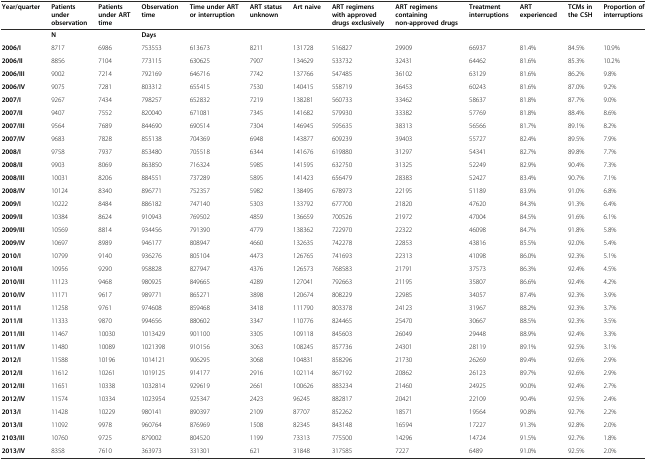
<table><thead><tr><td><b>Year/quarter</b></td><td><b>Patients under observation</b></td><td><b>Patients under ART time</b></td><td><b>Observation time</b></td><td><b>Time under ART or interruption</b></td><td><b>ART status unknown</b></td><td><b>Art naive</b></td><td><b>ART regimens with approved drugs exclusively</b></td><td><b>ART regimens containing non-approved drugs</b></td><td><b>Treatment interruptions</b></td><td><b>ART experienced</b></td><td><b>TCMs in the CSH</b></td><td><b>Proportion of interruptions</b></td></tr></thead><tbody><tr><td></td><td colspan="2"><b>N</b></td><td colspan="7"><b>Days</b></td><td></td><td></td><td></td></tr><tr><td><b>2006/I</b></td><td>8717</td><td>6986</td><td>753553</td><td>613673</td><td>8211</td><td>131728</td><td>516827</td><td>29909</td><td>66937</td><td>81.4%</td><td>84.5%</td><td>10.9%</td></tr><tr><td><b>2006/II</b></td><td>8856</td><td>7104</td><td>773115</td><td>630625</td><td>7907</td><td>134629</td><td>533732</td><td>32431</td><td>64462</td><td>81.6%</td><td>85.3%</td><td>10.2%</td></tr><tr><td><b>2006/III</b></td><td>9002</td><td>7214</td><td>792169</td><td>646716</td><td>7742</td><td>137766</td><td>547485</td><td>36102</td><td>63129</td><td>81.6%</td><td>86.2%</td><td>9.8%</td></tr><tr><td><b>2006/IV</b></td><td>9075</td><td>7281</td><td>803312</td><td>655415</td><td>7530</td><td>140415</td><td>558719</td><td>36453</td><td>60243</td><td>81.6%</td><td>87.0%</td><td>9.2%</td></tr><tr><td><b>2007/I</b></td><td>9267</td><td>7434</td><td>798257</td><td>652832</td><td>7219</td><td>138281</td><td>560733</td><td>33462</td><td>58637</td><td>81.8%</td><td>87.7%</td><td>9.0%</td></tr><tr><td><b>2007/II</b></td><td>9407</td><td>7552</td><td>820040</td><td>671081</td><td>7345</td><td>141682</td><td>579930</td><td>33382</td><td>57769</td><td>81.8%</td><td>88.4%</td><td>8.6%</td></tr><tr><td><b>2007/III</b></td><td>9564</td><td>7689</td><td>844690</td><td>690514</td><td>7304</td><td>146945</td><td>595635</td><td>38313</td><td>56566</td><td>81.7%</td><td>89.1%</td><td>8.2%</td></tr><tr><td><b>2007/IV</b></td><td>9683</td><td>7828</td><td>855138</td><td>704369</td><td>6948</td><td>143877</td><td>609239</td><td>39403</td><td>55727</td><td>82.4%</td><td>89.5%</td><td>7.9%</td></tr><tr><td><b>2008/I</b></td><td>9758</td><td>7937</td><td>853480</td><td>705518</td><td>6344</td><td>141676</td><td>619880</td><td>31297</td><td>54341</td><td>82.7%</td><td>89.8%</td><td>7.7%</td></tr><tr><td><b>2008/II</b></td><td>9903</td><td>8069</td><td>863850</td><td>716324</td><td>5985</td><td>141595</td><td>632750</td><td>31325</td><td>52249</td><td>82.9%</td><td>90.4%</td><td>7.3%</td></tr><tr><td><b>2008/III</b></td><td>10031</td><td>8206</td><td>884551</td><td>737289</td><td>5895</td><td>141423</td><td>656479</td><td>28383</td><td>52427</td><td>83.4%</td><td>90.7%</td><td>7.1%</td></tr><tr><td><b>2008/IV</b></td><td>10124</td><td>8340</td><td>896771</td><td>752357</td><td>5982</td><td>138495</td><td>678973</td><td>22195</td><td>51189</td><td>83.9%</td><td>91.0%</td><td>6.8%</td></tr><tr><td><b>2009/I</b></td><td>10222</td><td>8484</td><td>886182</td><td>747140</td><td>5303</td><td>133792</td><td>677700</td><td>21820</td><td>47620</td><td>84.3%</td><td>91.3%</td><td>6.4%</td></tr><tr><td><b>2009/II</b></td><td>10384</td><td>8624</td><td>910943</td><td>769502</td><td>4859</td><td>136659</td><td>700526</td><td>21972</td><td>47004</td><td>84.5%</td><td>91.6%</td><td>6.1%</td></tr><tr><td><b>2009/III</b></td><td>10569</td><td>8814</td><td>934456</td><td>791390</td><td>4779</td><td>138362</td><td>722970</td><td>22322</td><td>46098</td><td>84.7%</td><td>91.8%</td><td>5.8%</td></tr><tr><td><b>2009/IV</b></td><td>10697</td><td>8989</td><td>946177</td><td>808947</td><td>4660</td><td>132635</td><td>742278</td><td>22853</td><td>43816</td><td>85.5%</td><td>92.0%</td><td>5.4%</td></tr><tr><td><b>2010/I</b></td><td>10799</td><td>9140</td><td>936276</td><td>805104</td><td>4473</td><td>126765</td><td>741693</td><td>22313</td><td>41098</td><td>86.0%</td><td>92.3%</td><td>5.1%</td></tr><tr><td><b>2010/II</b></td><td>10956</td><td>9290</td><td>958828</td><td>827947</td><td>4376</td><td>126573</td><td>768583</td><td>21791</td><td>37573</td><td>86.3%</td><td>92.4%</td><td>4.5%</td></tr><tr><td><b>2010/III</b></td><td>11123</td><td>9468</td><td>980925</td><td>849665</td><td>4289</td><td>127041</td><td>792663</td><td>21195</td><td>35807</td><td>86.6%</td><td>92.4%</td><td>4.2%</td></tr><tr><td><b>2010/IV</b></td><td>11171</td><td>9617</td><td>989771</td><td>865271</td><td>3898</td><td>120674</td><td>808229</td><td>22985</td><td>34057</td><td>87.4%</td><td>92.3%</td><td>3.9%</td></tr><tr><td><b>2011/I</b></td><td>11258</td><td>9761</td><td>974608</td><td>859468</td><td>3418</td><td>111790</td><td>803378</td><td>24123</td><td>31967</td><td>88.2%</td><td>92.3%</td><td>3.7%</td></tr><tr><td><b>2011/II</b></td><td>11333</td><td>9870</td><td>994656</td><td>880602</td><td>3347</td><td>110776</td><td>824465</td><td>25470</td><td>30667</td><td>88.5%</td><td>92.3%</td><td>3.5%</td></tr><tr><td><b>2011/III</b></td><td>11467</td><td>10030</td><td>1013429</td><td>901100</td><td>3305</td><td>109118</td><td>845603</td><td>26049</td><td>29448</td><td>88.9%</td><td>92.4%</td><td>3.3%</td></tr><tr><td><b>2011/IV</b></td><td>11480</td><td>10089</td><td>1021398</td><td>910156</td><td>3063</td><td>108245</td><td>857736</td><td>24301</td><td>28119</td><td>89.1%</td><td>92.5%</td><td>3.1%</td></tr><tr><td><b>2012/I</b></td><td>11588</td><td>10196</td><td>1014121</td><td>906295</td><td>3068</td><td>104831</td><td>858296</td><td>21730</td><td>26269</td><td>89.4%</td><td>92.6%</td><td>2.9%</td></tr><tr><td><b>2012/II</b></td><td>11612</td><td>10261</td><td>1019125</td><td>914177</td><td>2916</td><td>102114</td><td>867192</td><td>20862</td><td>26123</td><td>89.7%</td><td>92.6%</td><td>2.9%</td></tr><tr><td><b>2012/III</b></td><td>11651</td><td>10338</td><td>1032814</td><td>929619</td><td>2661</td><td>100626</td><td>883234</td><td>21460</td><td>24925</td><td>90.0%</td><td>92.4%</td><td>2.7%</td></tr><tr><td><b>2012/IV</b></td><td>11574</td><td>10334</td><td>1023954</td><td>925347</td><td>2423</td><td>96245</td><td>882817</td><td>20421</td><td>22109</td><td>90.4%</td><td>92.5%</td><td>2.4%</td></tr><tr><td><b>2013/I</b></td><td>11428</td><td>10229</td><td>980141</td><td>890397</td><td>2109</td><td>87707</td><td>852262</td><td>18571</td><td>19564</td><td>90.8%</td><td>92.7%</td><td>2.2%</td></tr><tr><td><b>2013/II</b></td><td>11092</td><td>9978</td><td>960764</td><td>876969</td><td>1508</td><td>82345</td><td>843148</td><td>16594</td><td>17227</td><td>91.3%</td><td>92.8%</td><td>2.0%</td></tr><tr><td><b>2103/III</b></td><td>10760</td><td>9725</td><td>879002</td><td>804520</td><td>1199</td><td>73313</td><td>775500</td><td>14296</td><td>14724</td><td>91.5%</td><td>92.7%</td><td>1.8%</td></tr><tr><td><b>2013/IV</b></td><td>8358</td><td>7610</td><td>363973</td><td>331301</td><td>621</td><td>31848</td><td>317585</td><td>7227</td><td>6489</td><td>91.0%</td><td>92.5%</td><td>2.0%</td></tr></tbody></table>